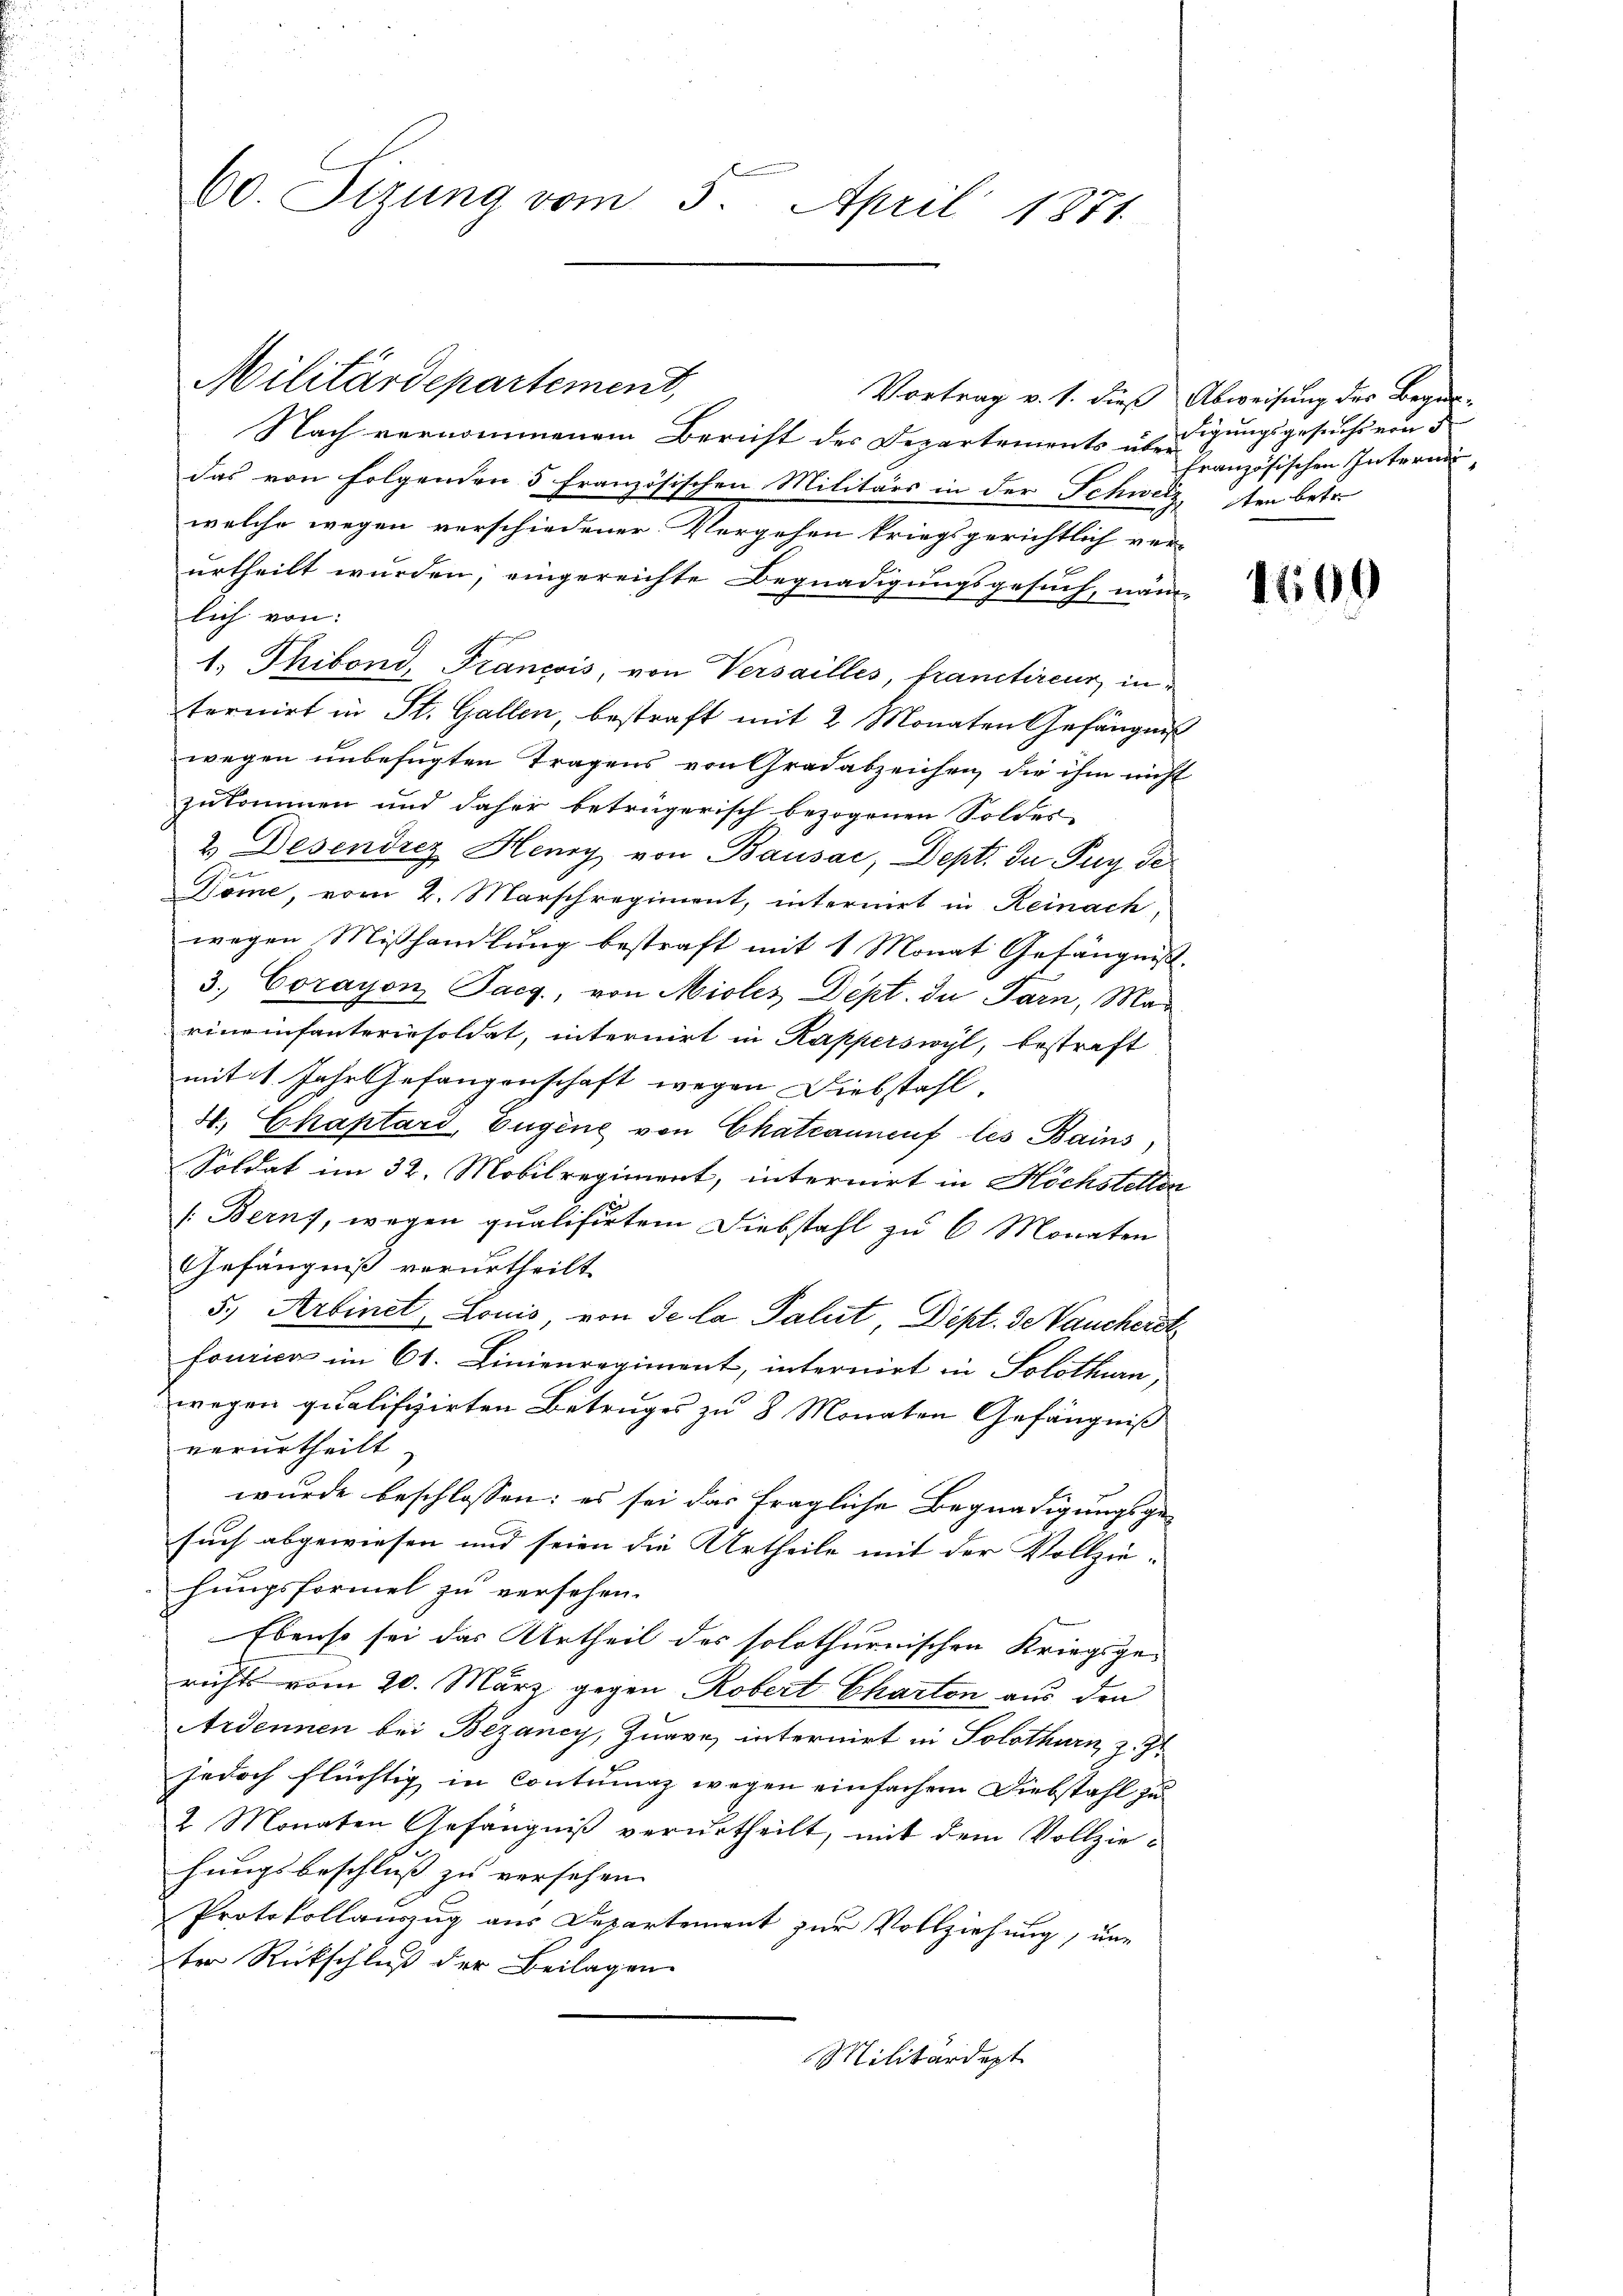
60. Sizung vom 5. April 1871

Militärdepartement,

Nach vernommenem Bericht der Departements überdigungsgesuchs von d
das von folgenden 5 Französischen Militärs in der Schweiz en betr.
welche wegen verschiedener Vergehen kriegsgerichtlich ver-
urtheilt wurden, eingereichte Begnadigungsgesuch, näm-
lich von:
1. Thibond, Francois, von Versailles, franctireur, in
ternirt in St. Gallen, bestraft mit 2 Monaten Gefängnis
wegen unbefugten Tragens von Gradabzeichen die ihm nicht
zukommen und daher betrügerisch bezogenen Soldes-
2.) Desendrez Henry von Bausac, Dept. In Puy de
u
Dome, vom 2. Marschregiment, internirt in Reinach,
wegen Mißhandlung bestraft mit 1 Monat Gefängniß.
3. Corayon Pacg., von Miles Dept. du Parn, Marineinfanteriesoldat, internirt in Kapperswyl, bestraft
mit 1 Jahr Gefangenschaft wegen Diebstahl.
4. Chaptard, Eugene von Chateannenf les Bains
Soldat im 32. Mobilregiment, internirt in Höchstellen
(Berns, wegen qualisirtem Diebstahl zu 6 Monaten
Gefängniß verurtheilt.
5., Arbinet, Louis, von de la Paluit, Dept. de Vaucherst
fourica im 61. Linienregiment, internirt in Solothurn,
wegen qualifizirten Betruges zu 8 Monaten Gefängniß
verurtheilt.
wurde beschlossen: es sei das fragliche Begnadigungsgesuch abgewiesen und seien die Urtheile mit der Vollzie- |
hungsformel zu versehen.
Ebenso sei das Urtheil des solothurnischen Kriegsgerichts vom 20. März gegen Robert Charton aus den
Ardennen bei Bezancy, Zugre, internirt in Solothurn, z. Zt
jedoch flüchtig in Contumaz wegen einfachen Diebstahl zu
2 Monaten Gefängniß verurtheilt, mit dem Vollziehungsbeschluß zu versehen.
Protokollanzug aus Departement zur Vollziehung, un
ter Rückschluß der Beilagen
Militärdept

Vortrag v. 1. dieß Abweisung der Begin-
französischen Interndi

1600